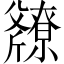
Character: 𫿿